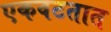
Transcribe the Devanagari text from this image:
एकवटतात